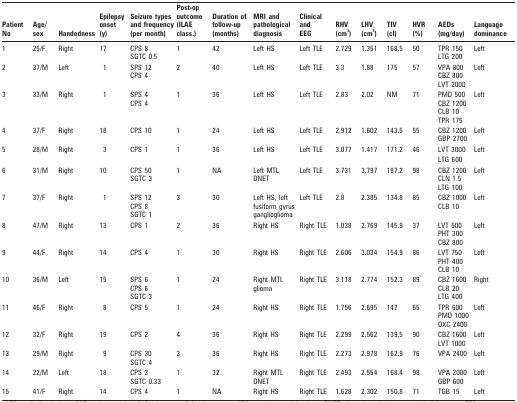
<table><thead><tr><td><b>Patient No</b></td><td><b>Age/sex</b></td><td><b>Handedness</b></td><td><b>Epilepsy onset (y)</b></td><td><b>Seizure types and frequency (per month)</b></td><td><b>Post-op outcome (ILAE class.)</b></td><td><b>Duration of follow-up (months)</b></td><td><b>MRI and pathological diagnosis</b></td><td><b>Clinical and EEG</b></td><td><b>RHV (cm<sup>3</sup>)</b></td><td><b>LHV (cm<sup>3</sup>)</b></td><td><b>TIV (cl)</b></td><td><b>HVR (%)</b></td><td><b>AEDs (mg/day)</b></td><td><b>Language dominance</b></td></tr></thead><tbody><tr><td>1</td><td>25/F</td><td>Right</td><td>17</td><td>CPS 8SGTC 0.5</td><td>1</td><td>42</td><td>Left HS</td><td>Left TLE</td><td>2.729</td><td>1.351</td><td>168.5</td><td>50</td><td>TPR 150LTG 200</td><td>Left</td></tr><tr><td>2</td><td>37/M</td><td>Left</td><td>1</td><td>SPS 12CPS 4</td><td>2</td><td>40</td><td>Left HS</td><td>Left TLE</td><td>3.3</td><td>1.88</td><td>175</td><td>57</td><td>VPA 800CBZ 800LVT 2000</td><td>Left</td></tr><tr><td>3</td><td>33/M</td><td>Right</td><td>1</td><td>SPS 4CPS 4</td><td>1</td><td>36</td><td>Left HS</td><td>Left TLE</td><td>2.83</td><td>2.02</td><td>NM</td><td>71</td><td>PMD 500CBZ 1200CLB 10TPR 175</td><td>Left</td></tr><tr><td>4</td><td>37/F</td><td>Right</td><td>18</td><td>CPS 10</td><td>1</td><td>24</td><td>Left HS</td><td>Left TLE</td><td>2.912</td><td>1.602</td><td>143.5</td><td>55</td><td>CBZ 1200GBP 2700</td><td>Left</td></tr><tr><td>5</td><td>28/M</td><td>Right</td><td>3</td><td>CPS 1</td><td>1</td><td>36</td><td>Left HS</td><td>Left TLE</td><td>3.077</td><td>1.417</td><td>171.2</td><td>46</td><td>LVT 3000</td><td>Left</td></tr><tr><td></td><td></td><td></td><td></td><td></td><td></td><td></td><td></td><td></td><td></td><td></td><td></td><td></td><td>LTG 600</td><td></td></tr><tr><td>6</td><td>31/M</td><td>Right</td><td>10</td><td>CPS 50SGTC 3</td><td>1</td><td>NA</td><td>Left MTLDNET</td><td>Left TLE</td><td>3.731</td><td>3.797</td><td>187.2</td><td>98</td><td>CBZ 1200CLN 1.5LTG 100</td><td>Left</td></tr><tr><td>7</td><td>37/F</td><td>Right</td><td>1</td><td>SPS 12CPS 8SGTC 1</td><td>3</td><td>30</td><td>Left HS, left fusiform gyrus ganglioglioma</td><td>Left TLE</td><td>2.8</td><td>2.385</td><td>134.8</td><td>85</td><td>CBZ 1000CLB 10</td><td>Left</td></tr><tr><td>8</td><td>47/M</td><td>Right</td><td>13</td><td>CPS 1</td><td>2</td><td>36</td><td>Right HS</td><td>Right TLE</td><td>1.038</td><td>2.769</td><td>145.9</td><td>37</td><td>LVT 500PHT 300CBZ 800</td><td>Left</td></tr><tr><td>9</td><td>44/F</td><td>Right</td><td>14</td><td>CPS 4</td><td>1</td><td>30</td><td>Right HS</td><td>Right TLE</td><td>2.606</td><td>3.034</td><td>154.9</td><td>86</td><td>LVT 750PHT 400CLB 10</td><td>Left</td></tr><tr><td>10</td><td>36/M</td><td>Left</td><td>15</td><td>SPS 6CPS 6SGTC 3</td><td>1</td><td>24</td><td>Right MTL glioma</td><td>Right TLE</td><td>3.118</td><td>2.774</td><td>152.3</td><td>89</td><td>CBZ 1600CLB 20LTG 400</td><td>Right</td></tr><tr><td>11</td><td>46/F</td><td>Right</td><td>8</td><td>CPS 5</td><td>1</td><td>24</td><td>Right HS</td><td>Right TLE</td><td>1.756</td><td>2.695</td><td>147</td><td>65</td><td>TPR 600PMD 1000OXC 2400</td><td>Left</td></tr><tr><td>12</td><td>32/F</td><td>Right</td><td>19</td><td>CPS 2</td><td>4</td><td>36</td><td>Right HS</td><td>Right TLE</td><td>2.299</td><td>2.562</td><td>139.5</td><td>90</td><td>CBZ 1600LVT 1000</td><td>Left</td></tr><tr><td>13</td><td>29/M</td><td>Right</td><td>9</td><td>CPS 30SGTC 4</td><td>3</td><td>36</td><td>Right HS</td><td>Right TLE</td><td>2.273</td><td>2.978</td><td>162.9</td><td>76</td><td>VPA 2400</td><td>Left</td></tr><tr><td>14</td><td>22/M</td><td>Left</td><td>18</td><td>CPS 3SGTC 0.33</td><td>1</td><td>32</td><td>Right MTL DNET</td><td>Right TLE</td><td>2.493</td><td>2.554</td><td>168.4</td><td>98</td><td>VPA 2000GBP 600</td><td>Left</td></tr><tr><td>15</td><td>41/F</td><td>Right</td><td>14</td><td>CPS 4</td><td>1</td><td>NA</td><td>Right HS</td><td>Right TLE</td><td>1.628</td><td>2.302</td><td>150.8</td><td>71</td><td>TGB 15</td><td>Left</td></tr></tbody></table>